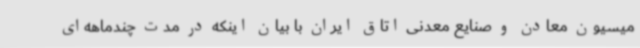
میسیون معادن و صنایع معدنی اتاق ایران با بیان اینکه در مدت چندماهه‌ای